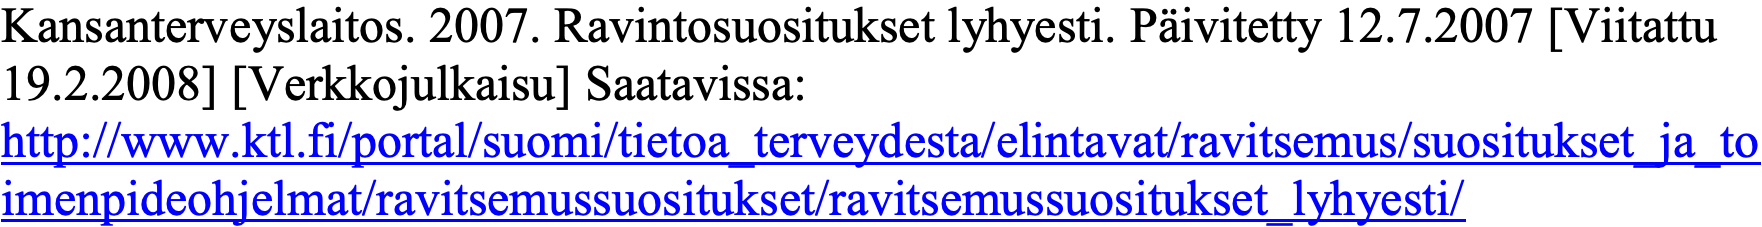
Kansanterveyslaitos. 2007. Ravintosuositukset lyhyesti. Päivitetty 12.7.2007 [Viitattu 19.2.2008] [Verkkojulkaisu] Saatavissa: http://www.ktl.fi/portal/suomi/tietoa_terveydesta/elintavat/ravitsemus/suositukset_ja_to imenpideohjelmat/ravitsemussuositukset/ravitsemussuositukset_lyhyesti/